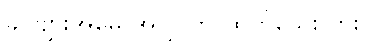
ခင်ဗျားအမေ အပြင်ကို ထွက်သေးလား